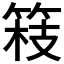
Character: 𮵴